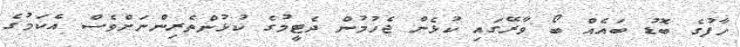
ހާފުގެ ބޮޑު ބައެއް ބޯ ވާރޭގައި ކުޅެން ޖެހުމުން ދެޓީމުގެ ކުޅުންތެރިންނަށްވެސް އެކަމުގެ